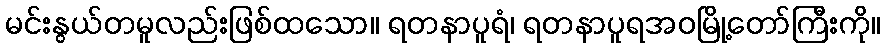
မင်းနွယ်တမူလည်းဖြစ်ထသော။ ရတနာပူရံ၊ ရတနာပူရအဝမြို့တော်ကြီးကို။